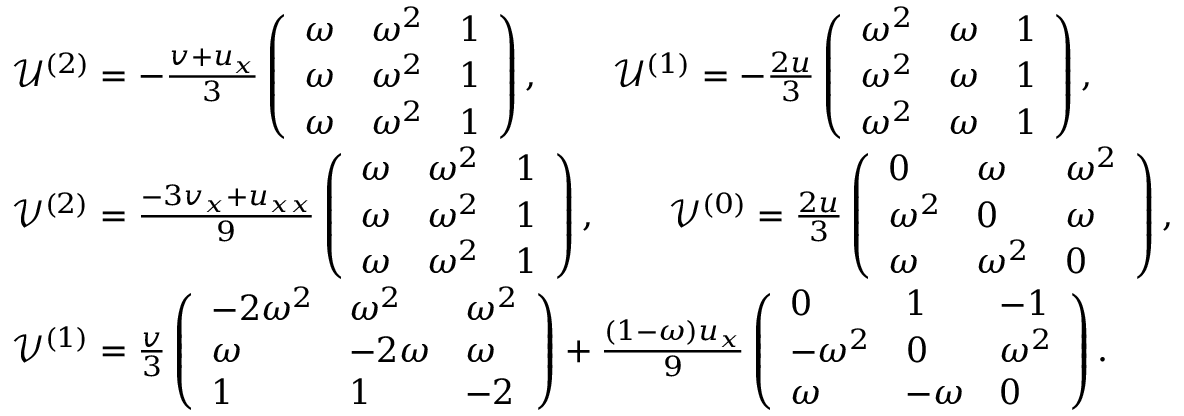
\begin{array} { r l } & { \mathcal { U } ^ { ( 2 ) } = - \frac { v + u _ { x } } { 3 } \left( \begin{array} { l l l } { \omega } & { \omega ^ { 2 } } & { 1 } \\ { \omega } & { \omega ^ { 2 } } & { 1 } \\ { \omega } & { \omega ^ { 2 } } & { 1 } \end{array} \right) , \qquad \mathcal { U } ^ { ( 1 ) } = - \frac { 2 u } { 3 } \left( \begin{array} { l l l } { \omega ^ { 2 } } & { \omega } & { 1 } \\ { \omega ^ { 2 } } & { \omega } & { 1 } \\ { \omega ^ { 2 } } & { \omega } & { 1 } \end{array} \right) , } \\ & { \mathcal { V } ^ { ( 2 ) } = \frac { - 3 v _ { x } + u _ { x x } } { 9 } \left( \begin{array} { l l l } { \omega } & { \omega ^ { 2 } } & { 1 } \\ { \omega } & { \omega ^ { 2 } } & { 1 } \\ { \omega } & { \omega ^ { 2 } } & { 1 } \end{array} \right) , \qquad \mathcal { V } ^ { ( 0 ) } = \frac { 2 u } { 3 } \left( \begin{array} { l l l } { 0 } & { \omega } & { \omega ^ { 2 } } \\ { \omega ^ { 2 } } & { 0 } & { \omega } \\ { \omega } & { \omega ^ { 2 } } & { 0 } \end{array} \right) , } \\ & { \mathcal { V } ^ { ( 1 ) } = \frac { v } { 3 } \left( \begin{array} { l l l } { - 2 \omega ^ { 2 } } & { \omega ^ { 2 } } & { \omega ^ { 2 } } \\ { \omega } & { - 2 \omega } & { \omega } \\ { 1 } & { 1 } & { - 2 } \end{array} \right) + \frac { ( 1 - \omega ) u _ { x } } { 9 } \left( \begin{array} { l l l } { 0 } & { 1 } & { - 1 } \\ { - \omega ^ { 2 } } & { 0 } & { \omega ^ { 2 } } \\ { \omega } & { - \omega } & { 0 } \end{array} \right) . } \end{array}